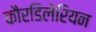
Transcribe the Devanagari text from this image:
कौरडिलेरियन